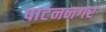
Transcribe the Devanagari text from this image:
पाटननगर